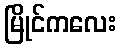
မြိုင်ကလေး